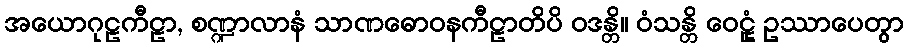
အယောဂုဠကီဠာ, စဏ္ဍာလာနံ သာဏဓောဝနကီဠာတိပိ ဝဒန္တိ။ ဝံသန္တိ ဝေဠုံ ဥဿာပေတွာ